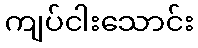
ကျပ်ငါးသောင်း